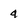
Character: 4